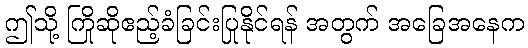
ဤသို့ ကြိုဆိုဧည့်ခံခြင်းပြုနိုင်ရန် အတွက် အခြေအနေက